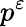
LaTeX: p^{\varepsilon}